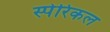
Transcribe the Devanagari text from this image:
स्पेरिकल